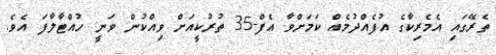
ތެރޭގައި އެމެރިކާގެ އުފެއްދުމެއް ކަމަށްވާ އެފް-35 ތުރުކީއަށް ވިއްކުން ވަނީ ހުއްޓާލާފަ އެވެ.